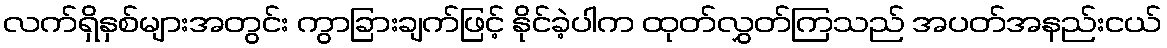
လက်ရှိနှစ်များအတွင်း ကွာခြားချက်ဖြင့် နိုင်ခဲ့ပါက ထုတ်လွှတ်ကြသည် အပတ်အနည်းငယ်